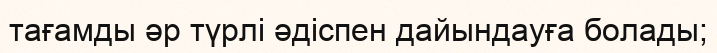
тағамды әр түрлі әдіспен дайындауға болады;